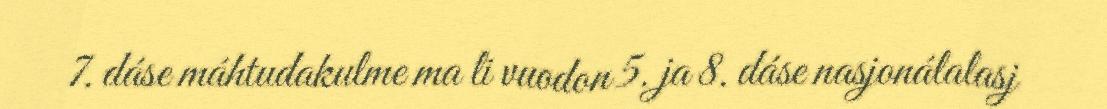
7. dáse máhtudakulme ma li vuodon 5. ja 8. dáse nasjonálalasj